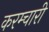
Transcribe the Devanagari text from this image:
करम्चारी